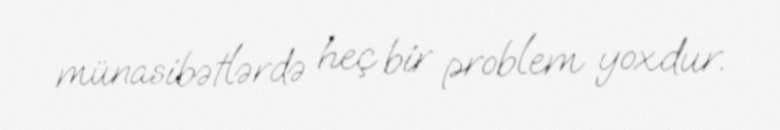
münasibətlərdə heç bir problem yoxdur.